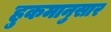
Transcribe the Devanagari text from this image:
हुकमानुसार